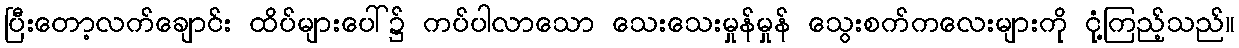
ပြီးတော့လက်ချောင်း ထိပ်များပေါ်၌ ကပ်ပါလာသော သေးသေးမှုန်မှုန် သွေးစက်ကလေးများကို ငုံ့ကြည့်သည်။